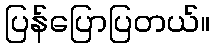
ပြန်ပြောပြတယ်။